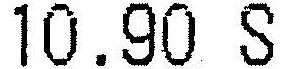
10.90 S